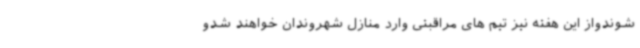
شوندواز این هفته نیز تیم های مراقبتی وارد منازل شهروندان خواهند شدو